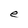
Character: e